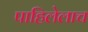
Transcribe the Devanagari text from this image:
पाहिलेलाच